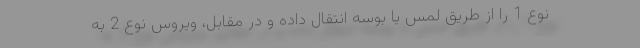
نوع 1 را از طریق لمس یا بوسه انتقال داده و در مقابل، ویروس نوع 2 به